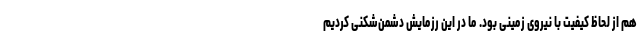
هم از لحاظ کیفیت با نیروی زمینی بود. ما در این رزمایش دشمن‌شکنی کردیم